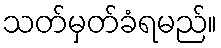
သတ်မှတ်ခံရမည်။